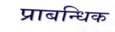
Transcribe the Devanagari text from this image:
प्राबन्धिक